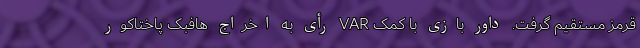
قرمز مستقیم گرفت. داور بازی با کمک VAR رأی به اخراج هافبک پاختاکور